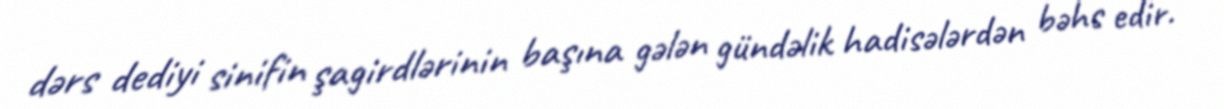
dərs dediyi sinifin şagirdlərinin başına gələn gündəlik hadisələrdən bəhs edir.